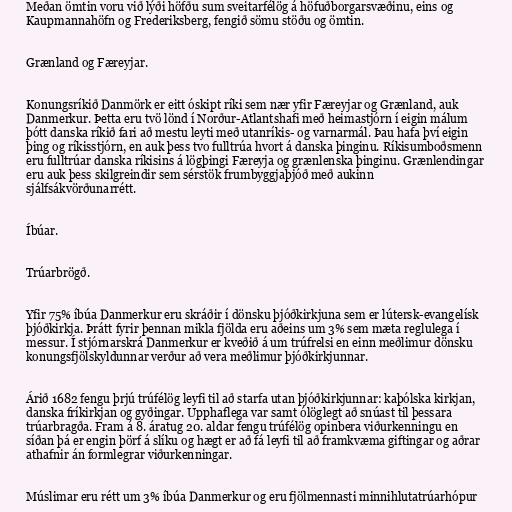
Meðan ömtin voru við lýði höfðu sum sveitarfélög á höfuðborgarsvæðinu, eins og
Kaupmannahöfn og Frederiksberg, fengið sömu stöðu og ömtin.

Grænland og Færeyjar.

Konungsríkið Danmörk er eitt óskipt ríki sem nær yfir Færeyjar og Grænland, auk
Danmerkur. Þetta eru tvö lönd í Norður-Atlantshafi með heimastjórn í eigin málum
þótt danska ríkið fari að mestu leyti með utanríkis- og varnarmál. Þau hafa því eigin
þing og ríkisstjórn, en auk þess tvo fulltrúa hvort á danska þinginu. Ríkisumboðsmenn
eru fulltrúar danska ríkisins á lögþingi Færeyja og grænlenska þinginu. Grænlendingar
eru auk þess skilgreindir sem sérstök frumbyggjaþjóð með aukinn
sjálfsákvörðunarrétt.

Íbúar.

Trúarbrögð.

Yfir 75% íbúa Danmerkur eru skráðir í dönsku þjóðkirkjuna sem er lútersk-evangelísk
þjóðkirkja. Þrátt fyrir þennan mikla fjölda eru aðeins um 3% sem mæta reglulega í
messur. Í stjórnarskrá Danmerkur er kveðið á um trúfrelsi en einn meðlimur dönsku
konungsfjölskyldunnar verður að vera meðlimur þjóðkirkjunnar.

Árið 1682 fengu þrjú trúfélög leyfi til að starfa utan þjóðkirkjunnar: kaþólska kirkjan,
danska fríkirkjan og gyðingar. Upphaflega var samt ólöglegt að snúast til þessara
trúarbragða. Fram á 8. áratug 20. aldar fengu trúfélög opinbera viðurkenningu en
síðan þá er engin þörf á slíku og hægt er að fá leyfi til að framkvæma giftingar og aðrar
athafnir án formlegrar viðurkenningar.

Múslimar eru rétt um 3% íbúa Danmerkur og eru fjölmennasti minnihlutatrúarhópur